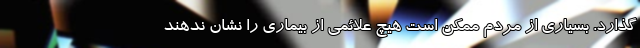
گذارد. بسیاری از مردم ممکن است هیچ علائمی از بیماری را نشان ندهند